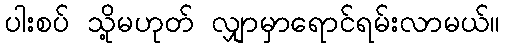
ပါးစပ် သို့မဟုတ် လျှာမှာရောင်ရမ်းလာမယ်။